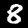
Label: 8